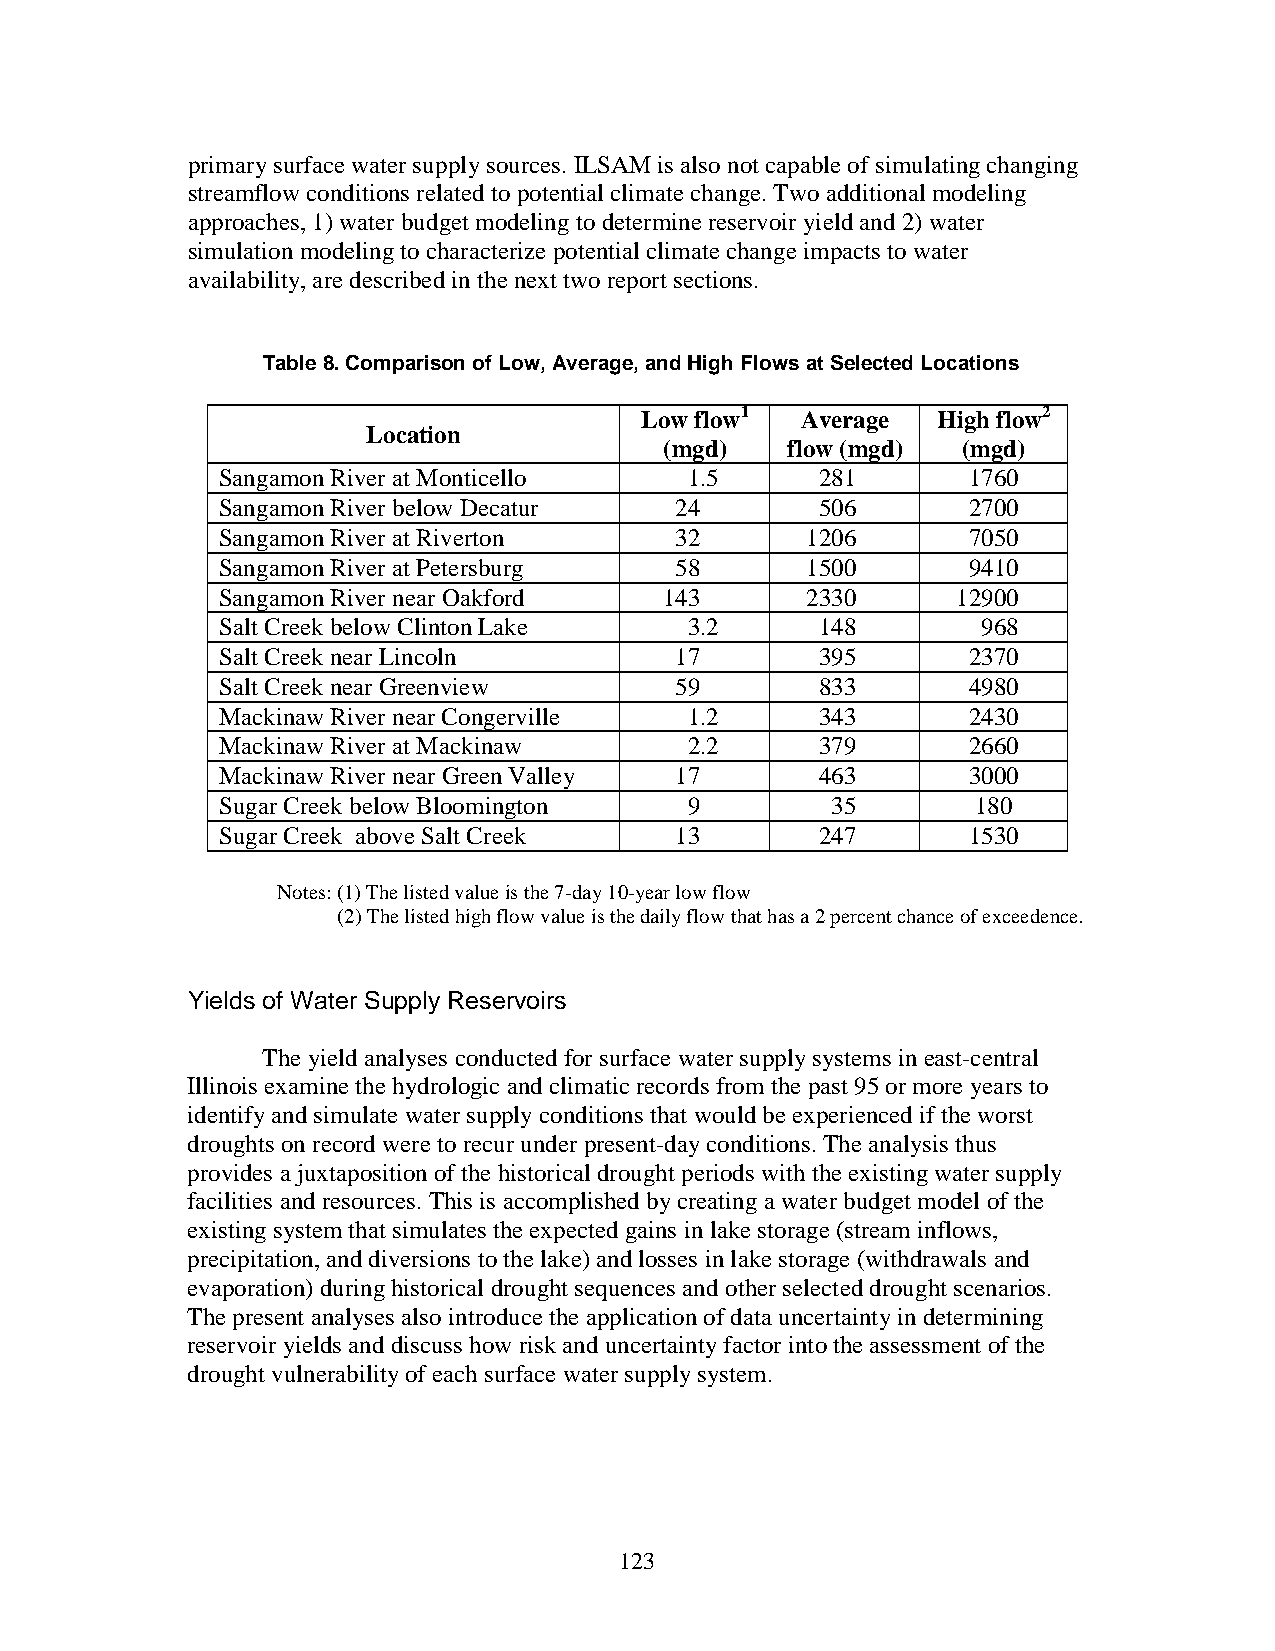
primary surface water supply sources. ILSAM is also not capable of simulating changing
 streamflow conditions related to potential climate change. Two additional modeling
 approaches, 1) water budget modeling to determine reservoir yield and 2) water
 simulation modeling to characterize potential climate change impacts to water
 availability, are described in the next two report sections.
 Table 8. Comparison of Low, Average, and High Flows at Selected Locations
 Low flow1  Average  High flow2
 Location
 (mgd)   flow (mgd)  (mgd)
 Sangamon River at Monticello    1.5     281       1760
 Sangamon River below Decatur   24       506       2700
 Sangamon River at Riverton     32      1206       7050
 Sangamon River at Petersburg   58      1500       9410
 Sangamon River near Oakford   143      2330      12900
 Salt Creek below Clinton Lake   3.2     148        968
 Salt Creek near Lincoln        17       395       2370
 Salt Creek near Greenview      59       833       4980
 Mackinaw River near Congerville 1.2     343       2430
 Mackinaw River at Mackinaw      2.2     379       2660
 Mackinaw River near Green Valley 17     463       3000
 Sugar Creek below Bloomington   9        35        180
 Sugar Creek above Salt Creek   13       247       1530
 Notes: (1) The listed value is the 7-day 10-year low flow
 (2) The listed high flow value is the daily flow that has a 2 percent chance of exceedence.
 Yields of Water Supply Reservoirs
 The yield analyses conducted for surface water supply systems in east-central
 Illinois examine the hydrologic and climatic records from the past 95 or more years to
 identify and simulate water supply conditions that would be experienced if the worst
 droughts on record were to recur under present-day conditions. The analysis thus
 provides a juxtaposition of the historical drought periods with the existing water supply
 facilities and resources. This is accomplished by creating a water budget model of the
 existing system that simulates the expected gains in lake storage (stream inflows,
 precipitation, and diversions to the lake) and losses in lake storage (withdrawals and
 evaporation) during historical drought sequences and other selected drought scenarios.
 The present analyses also introduce the application of data uncertainty in determining
 reservoir yields and discuss how risk and uncertainty factor into the assessment of the
 drought vulnerability of each surface water supply system.
 123